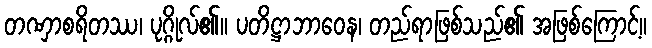
တဏှာစရိတဿ၊ ပုဂ္ဂိုလ်၏။ ပတိဋ္ဌာဘာဝေန၊ တည်ရာဖြစ်သည်၏ အဖြစ်ကြောင့်။